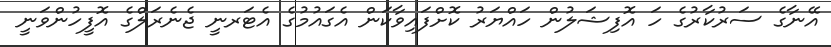
އޭނާގެ ސަރުކާރުގެ ހަ އޮފިޝަލުން ހައްޔަރު ކޮށްފައިވާކަން އެގައުމުގެ އެޓަރނީ ޖެނެރަލްގެ އޮފީހުންވަނީ